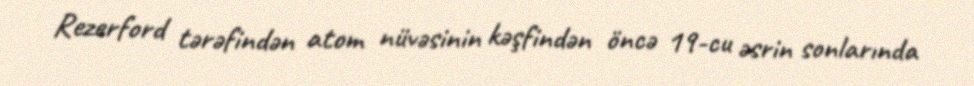
Rezerford tərəfindən atom nüvəsinin kəşfindən öncə 19-cu əsrin sonlarında